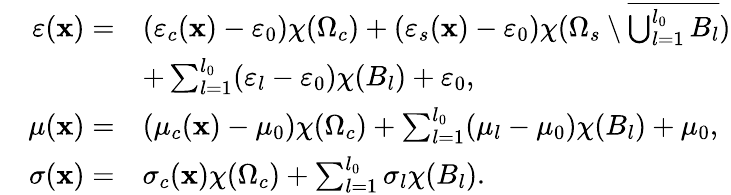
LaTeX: \begin{array}{rl}{\varepsilon(\mathbf{x})=}&{(\varepsilon_{c}(\mathbf{x})-\varepsilon_{0})\chi(\Omega_{c})+(\varepsilon_{s}(\mathbf{x})-\varepsilon_{0})\chi(\Omega_{s}\setminus\overline{{\bigcup_{l=1}^{l_{0}}B_{l}}})}\\ &{+\sum_{l=1}^{l_{0}}(\varepsilon_{l}-\varepsilon_{0})\chi(B_{l})+\varepsilon_{0},}\\ {\quad\mu(\mathbf{x})=}&{(\mu_{c}(\mathbf{x})-\mu_{0})\chi(\Omega_{c})+\sum_{l=1}^{l_{0}}(\mu_{l}-\mu_{0})\chi(B_{l})+\mu_{0},}\\ {\sigma(\mathbf{x})=}&{\sigma_{c}(\mathbf{x})\chi(\Omega_{c})+\sum_{l=1}^{l_{0}}\sigma_{l}\chi(B_{l}).}\end{array}